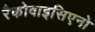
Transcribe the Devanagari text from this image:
रैकोवाइसिएनो